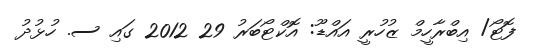
ފޮޓޯ/ އިބްރާހީމް ޒުހުރީ އައްޑޫ: އޮކްޓޯބަރު 29 2012 ގައި ސ. ހުޅުދު